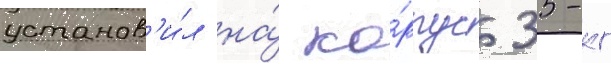
установ'и́л на́ ко́рпус 35-кг